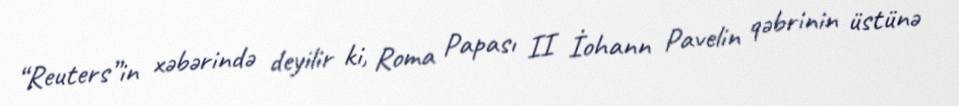
“Reuters”in xəbərində deyilir ki, Roma Papası II İohann Pavelin qəbrinin üstünə